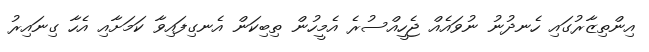
އިންތިޒާރުގައި ހެނދުނު ނުވައެއް ޖެހީއްސުރެ އެމީހުން ތިބިކަން އެނގިފައިވާ ކަމަށާއި އެހާ ގިނައިރު